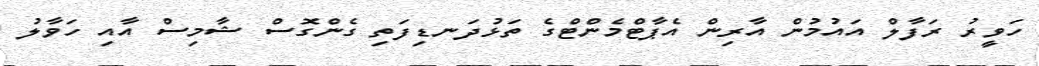
ހަވީރު ރަފާލް އައުމުން އާރިން އެޕާޓްމެންޓްގެ ތަޅުދަނޑިފަތި ގެންގޮސް ޝާމިސް އާއި ހަވާލު